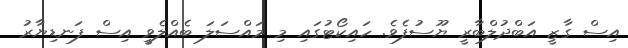
އިސް ގާޒީ އަބްދުލްބާރީ ޔޫސުފެވެ. ހައިކޯޓުގައި މި މައްސަލަ ބެއްލެވީ އިސް ފަނޑިޔާރު